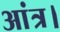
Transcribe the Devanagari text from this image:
आंत्र।